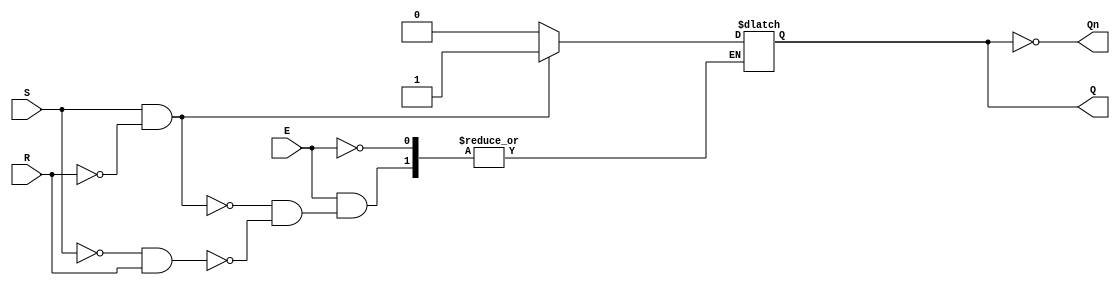
module gated_sr_latch (
    input wire S,       // Set input
    input wire R,       // Reset input
    input wire E,       // Enable input
    output reg Q,       // Output Q
    output wire Qn      // Output Q' (not Q)
);

// Invert Q to get Qn
assign Qn = ~Q;

// Always block to implement the gated SR latch functionality
always @ (E or S or R) begin
    if (E) begin
        if (S && !R) begin
            Q <= 1'b1;  // Set state
        end else if (!S && R) begin
            Q <= 1'b0;  // Reset state
        end
        // If S = 0 and R = 0, maintain the previous state (no change)
    end
    // If E = 0, hold the previous state (no change)
end

// Optional: Initial state for simulation purposes
initial begin
    Q = 1'b0; // Initialize Q to 0
end

endmodule